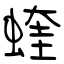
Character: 蝰